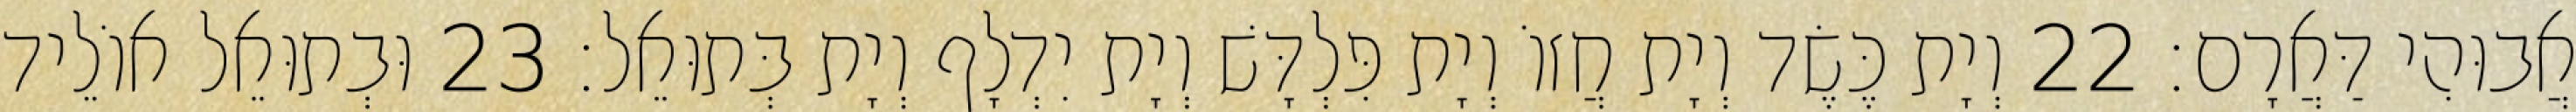
אֲבוּהִי דַּאֲרָם׃ 22 וְיָת כֶּשֶׂד וְיָת חֲזוֹ וְיָת פִּלְדָּשׁ וְיָת יִדְלָף וְיָת בְּתוּאֵל׃ 23 וּבְתוּאֵל אוֹלֵיד